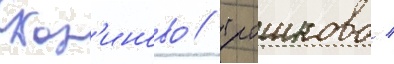
скор'иново / трошково /